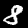
Digit: 8